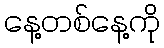
နေ့တစ်နေ့ကို